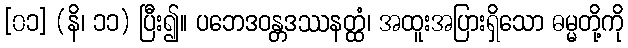
[၀၁] (နိ၊ ၁၁) ပြီး၍။ ပဘေဒဝန္တဒဿနတ္ထံ၊ အထူးအပြားရှိသော ဓမ္မတို့ကို